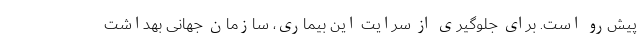
پیش‌رو است. برای جلوگیری از سرایت این بیماری، سازمان جهانی بهداشت